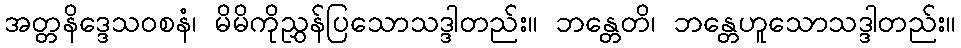
အတ္တနိဒ္ဒေသဝစနံ၊ မိမိကိုညွှန်ပြသောသဒ္ဒါတည်း။ ဘန္တေတိ၊ ဘန္တေဟူသောသဒ္ဒါတည်း။